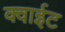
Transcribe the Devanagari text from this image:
क्वाईट